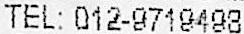
TEL: 012-9719498